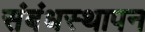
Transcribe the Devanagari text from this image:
संबंधस्थापन